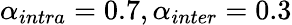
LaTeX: \alpha_{intra}=0.7,\alpha_{inter}=0.3